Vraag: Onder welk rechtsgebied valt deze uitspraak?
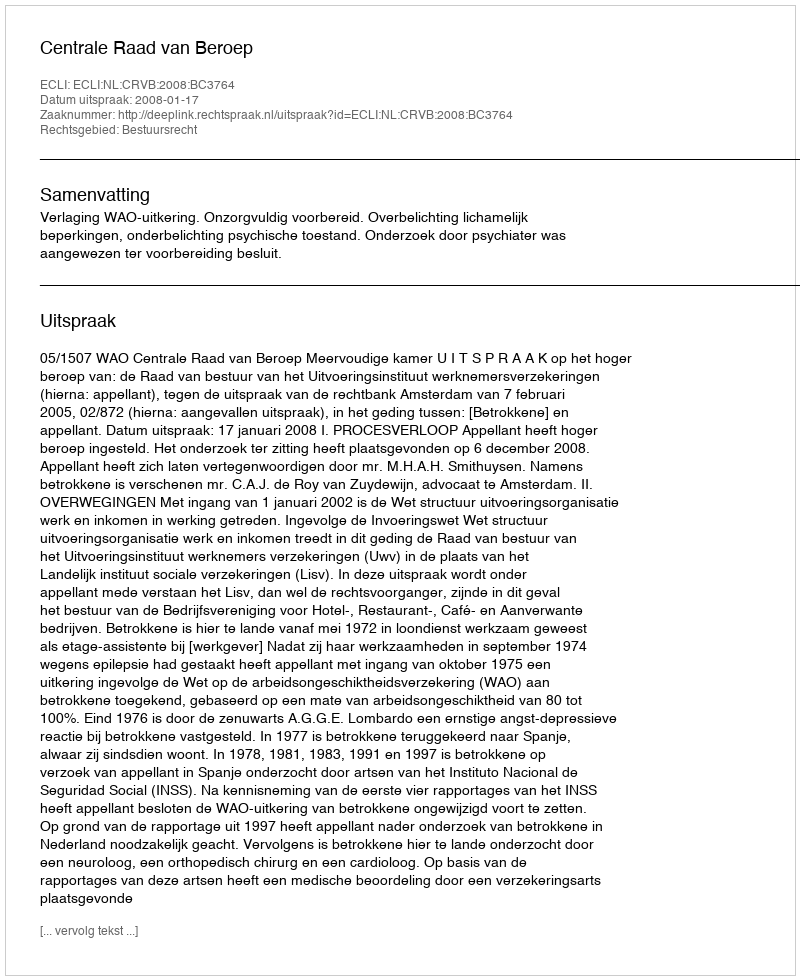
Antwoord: Bestuursrecht